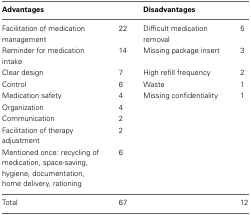
| Advantages |  | Disadvantages |  |
 | --- | --- | --- | --- |
 | Facilitation of medication management | 22 | Difficult medication removal | 5 |
 | Reminder for medication intake | 14 | Missing package insert | 3 |
 | Clear design | 7 | High refill frequency | 2 |
 | Control | 6 | Waste | 1 |
 | Medication safety | 4 | Missing confidentiality | 1 |
 | Organization | 4 |  |  |
 | Communication | 2 |  |  |
 | Facilitation of therapy adjustment | 2 |  |  |
 | Mentioned once: recycling of medication, space-saving, hygiene, documentation, home delivery, rationing | 6 |  |  |
 | Total | 67 |  | 12 |